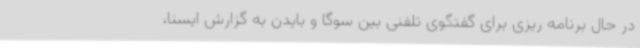
در حال برنامه ریزی برای گفتگوی تلفنی بین سوگا و بایدن به گزارش ایسنا،‌